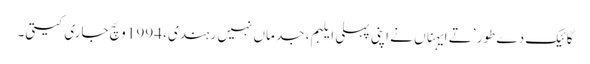
گائیک دے طور ’تے ایہناں نے اپنی پہلی ایلبم، جد ماں نہیں رہندی، 1994 وچّ جاری کیتی۔